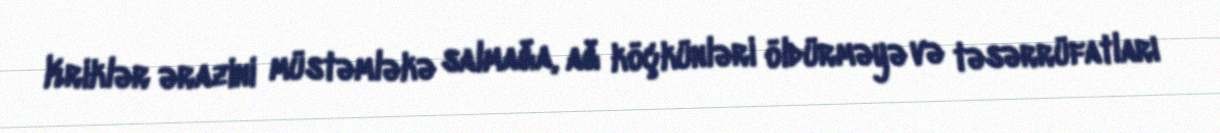
Kriklər ərazini müstəmləkə salmağa, ağ köçkünləri öldürməyə və təsərrüfatları